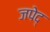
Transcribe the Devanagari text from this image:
जपेद्